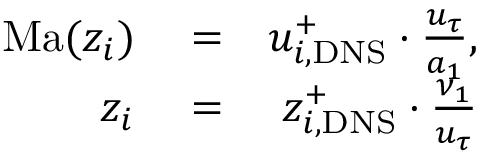
\begin{array} { r l r } { \mathrm { M a } ( z _ { i } ) } & { { } = } & { u _ { i , \mathrm { D N S } } ^ { + } \cdot \frac { u _ { \tau } } { a _ { 1 } } , } \\ { z _ { i } } & { { } = } & { z _ { i , \mathrm { D N S } } ^ { + } \cdot \frac { \nu _ { 1 } } { u _ { \tau } } } \end{array}